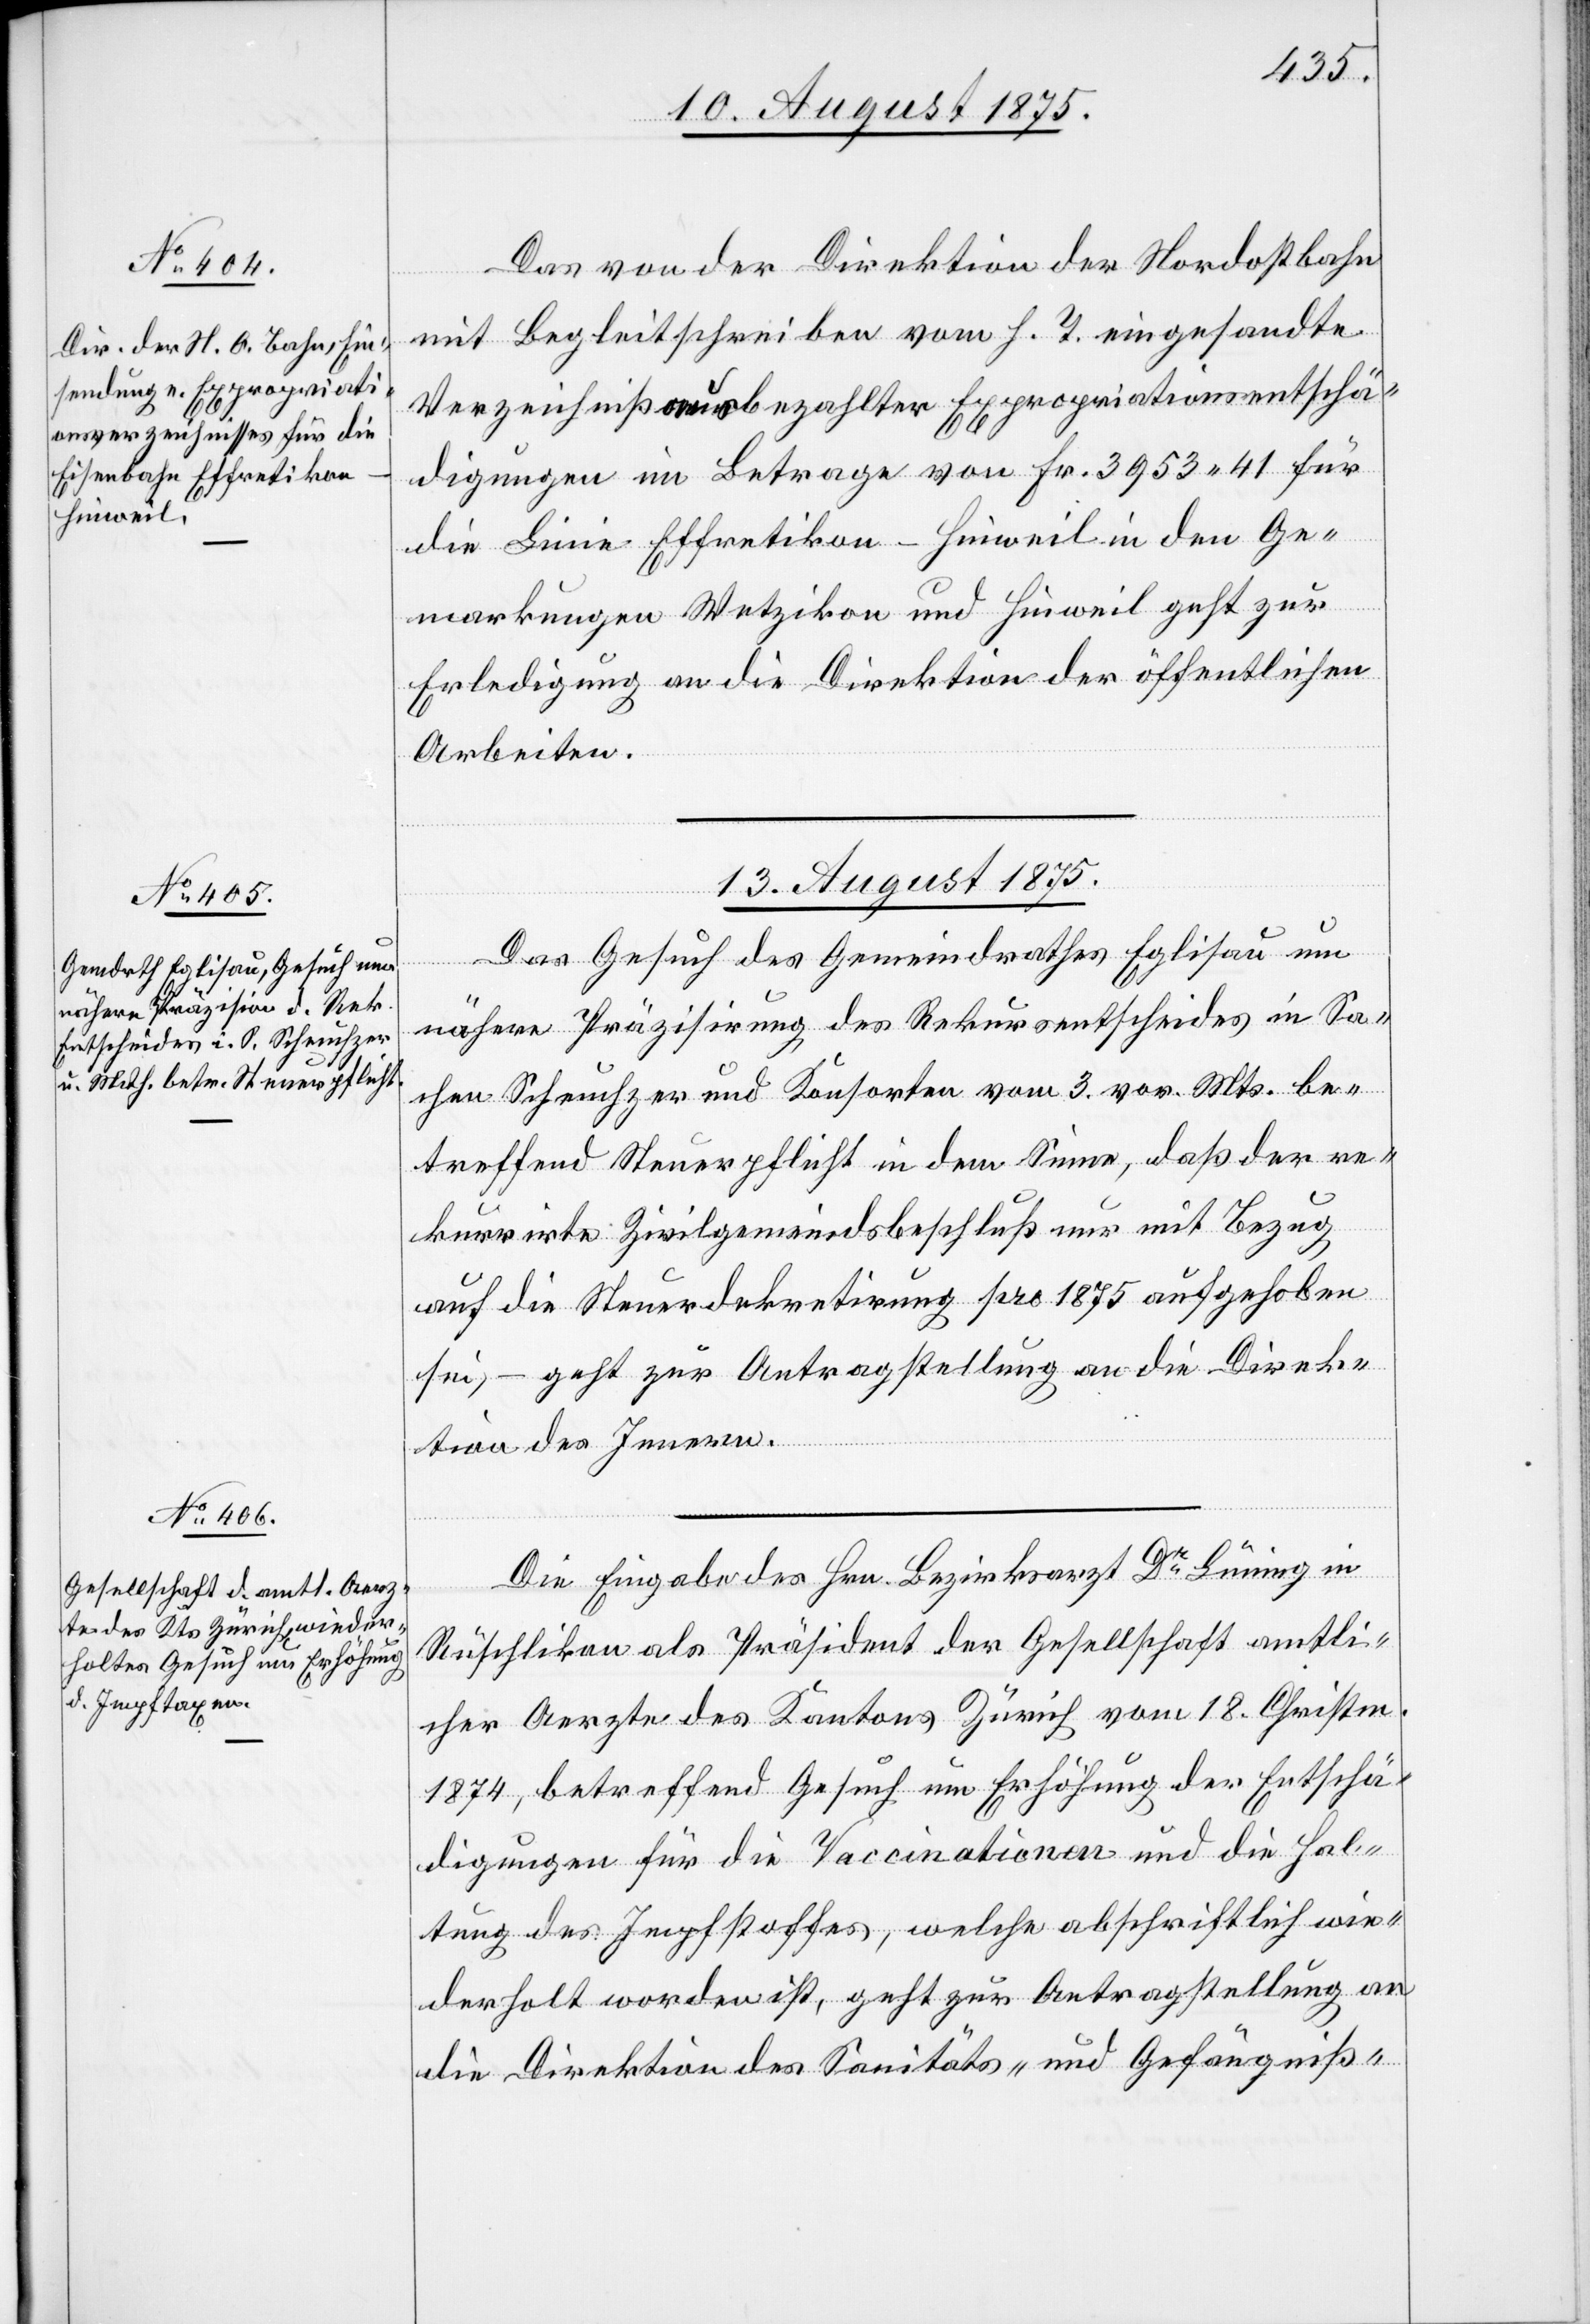
Das von der Direktion der Nordostbahn
mit Begleitschreiben vom h. T. eingesandte
Verzeichniß bezahlter Expropriationsentschä¬
digungen im Betrage von Fr. 3953 41 für
die Linie Effretikon–Hinweil in den Ge¬
markungen Wetzikon und Hinweil geht zur
Erledigung an die Direktion der öffentlichen
Arbeiten.
13. August 1875.]
Das Gesuch des Gemeindrathes Eglisau um
nähere Präzisirung des Rekursentscheides in Sa¬
chen Scheuchzer und Konsorten vom 3. vor. Mts. be¬
treffend Steuerpflicht in dem Sinne, daß der re¬
kurrirte Zivilgemeindsbeschluß nur mir Bezug
auf die Steuerdekretirung pro 1875 aufgehoben
sei, – geht zur Antragstellung an die Direk¬
tion des Innern.
Die Eingabe des Hrn. Bezirksarzt Dr Luning in
Rüschlikon als Präsident der Gesellschaft amtli¬
cher Aerzte des Kantons Zürich vom 18. Christm.
1874, betreffend Gesuch um Erhöhung der Entschä¬
digungen für die Vaccinationen und die Hal¬
tung des Impfstoffes, welche absichtlich wie¬
derholt worden ist, geht zur Antragstellung an
die Direktion des Sanitäts- und Gefängniß-